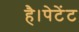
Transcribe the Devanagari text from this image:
है।पेटेंट